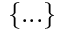
\{ . . . \}